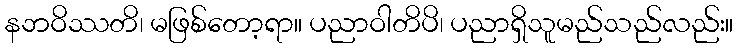
နဘဝိဿတိ၊ မဖြစ်တော့ရာ။ ပညာဝါတိပိ၊ ပညာရှိသူမည်သည်လည်း။